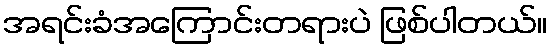
အရင်းခံအကြောင်းတရားပဲ ဖြစ်ပါတယ်။